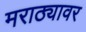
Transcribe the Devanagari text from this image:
मराठ्यावर